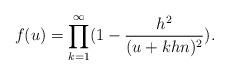
LaTeX: \begin{align*}f(u)=\prod_{k=1}^{\infty}(1-\frac{h^2}{(u+khn)^2}).\end{align*}